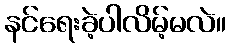
နင်ရေးခဲ့ပါလိမ့်မလဲ။